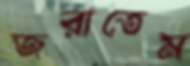
জরাতেম